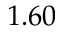
1 . 6 0